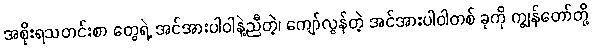
အစိုးရသတင်းစာ တွေရဲ့ အင်အားပါဝါနဲ့ညီတဲ့၊ ကျော်လွန်တဲ့ အင်အားပါဝါတစ် ခုကို ကျွန်တော်တို့